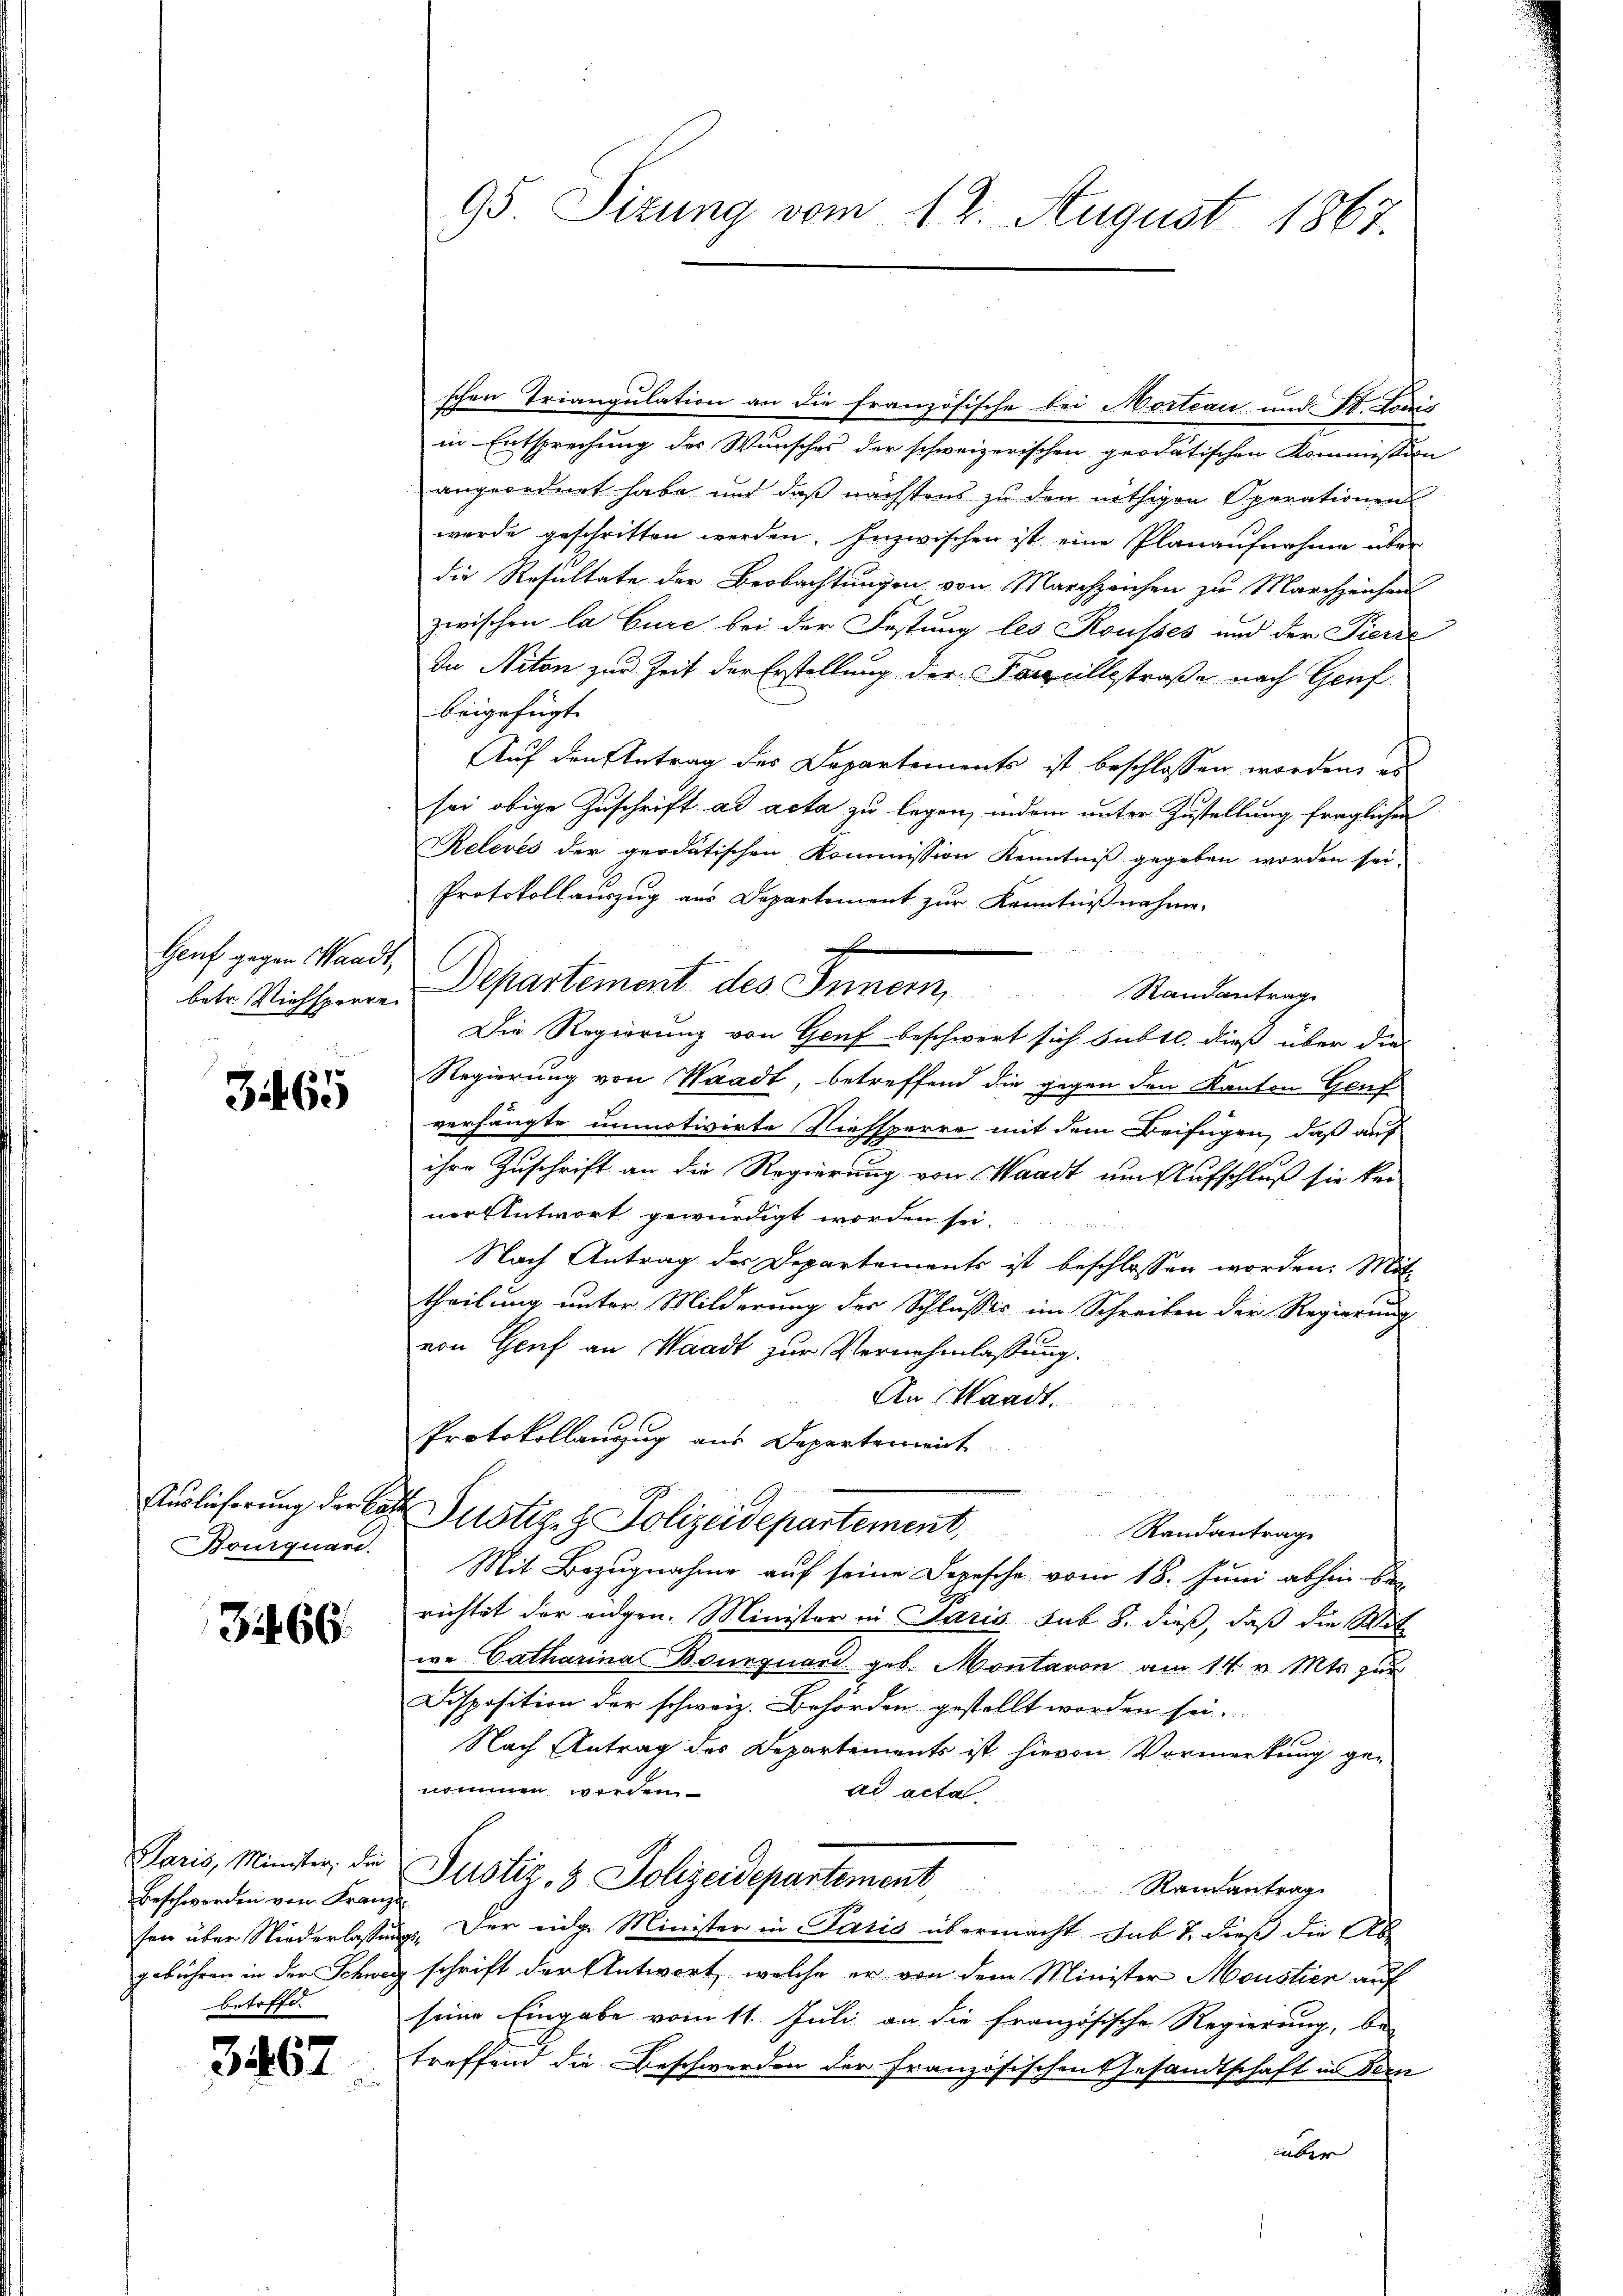
Genf gegen Waadt,
betr. Viehsperre

3465

Auslieferung der Cat
Bourquare.

366.

Paris, Minister, die
Beschwerden von Franz
sen über Niederlasse
gebühren in der Schwe
betrifft.

3467

95 Sizung vom 12. August 1867.

schen Triangulation an die französische bei Morteau und IV. Louis
in Entsprechung des Wunsches der schweizerischen geodatischen Kommission
angeordnet habe und daß nächstens zu den nöthigen Operationen
wurde geschritten werden. Inzwischen ist eine Planaufnahme über
die Resultate der Beobachtungen von Marchzeichen zu Marchzeichen
zwischen la Cure bei der Festung les Rousses und der Pierre
In Niton zur Zeit der Erstellung der Foncillestraße nach Genf
beigefügt.
Auf den Antrag des Departements ist beschlossen worden, es
sei obige Zuschrift ad acta zu legen, indem unter Zustellung fraglichen
Relevés der geodatischen Kommission Kenntniß gegeben worden sei.
Protokollauszug aus Departemont zur Kenntnißnahme.
c
Departement des Innern,
Randantrag
Die Regierung von Genf beschwert sich subt. dieß über die
Regierung von Waadt, betreffend die gegen den Kanton Genf
verhängte unmotivirte Niessperre mit dem Beifügen, daß auf
ihre Zuschrift an die Regierung von Waadt um Aufschluß sie kei
ner Antwort gewürdigt worden sei.
Nach Antrag der Departements ist beschlossen worden. Mit
theilung unter Milderung der Schlusses im Schreiben der Regierung
von Genf an Waadt zur Vernehmlassung.
An Waadt.
Protokollanzug aus Departement
n
Justiz- & Polizeidepartement,
Randantrage
Mit Bezugnahme auf seine Depesche vom 18. Juni abhin be
richtet der augen. Minister in Paris sub 8. dieß, daß die Wit
we Catharina Bourquard geb. Montaron am 14. v. Mts. zur
Disposition der schweiz. Behörden gestellt worden sei.
Nach Antrag des Departements ist hievon Vormerkung genommen werden
ad acta
Justiz- & Polizeidepartement Randantrag
u. Der eide Minister in Paris übermacht sub 7. dieß die Ab
schrift der Antwort, welche er von dem Minister Moustien auf
seine Eingabe vom 11. Juli an die französische Regierung, be-
treffend die Beschwerden der Französischen Gesandtschaft in Bern
über